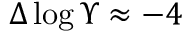
\Delta \log \Upsilon \approx - 4